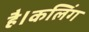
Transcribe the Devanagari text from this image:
है।कलिंग